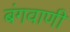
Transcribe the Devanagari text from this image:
बंगवाणी